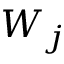
W _ { j }